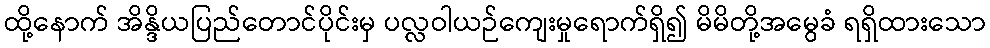
ထို့နောက် အိန္ဒိယပြည်တောင်ပိုင်းမှ ပလ္လဝါယဉ်ကျေးမှုရောက်ရှိ၍ မိမိတို့အမွေခံ ရရှိထားသော